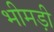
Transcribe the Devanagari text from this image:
भीमड़ी